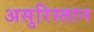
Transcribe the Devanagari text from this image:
असुरिस्तान